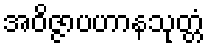
အဝိဇ္ဇာပဟာနသုတ္တံ